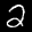
Label: 2